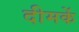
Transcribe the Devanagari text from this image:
दीमकें